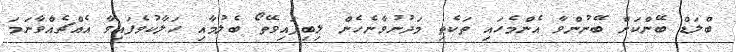
ބްލަޑް ބޭންކަށް ބޭނުންވާ އެންމެހައި ތަކެތި މަދުނުވާނެހެން ލިބިފައިވޭތޯ ބެލުމާއި ހަލާކުވެފައިވާ އެއްޗެއްވާނަމަ